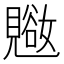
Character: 𬢁